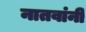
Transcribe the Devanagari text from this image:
नातवांनी